Annual administration and progress report of the Indian Medical Department, Bombay
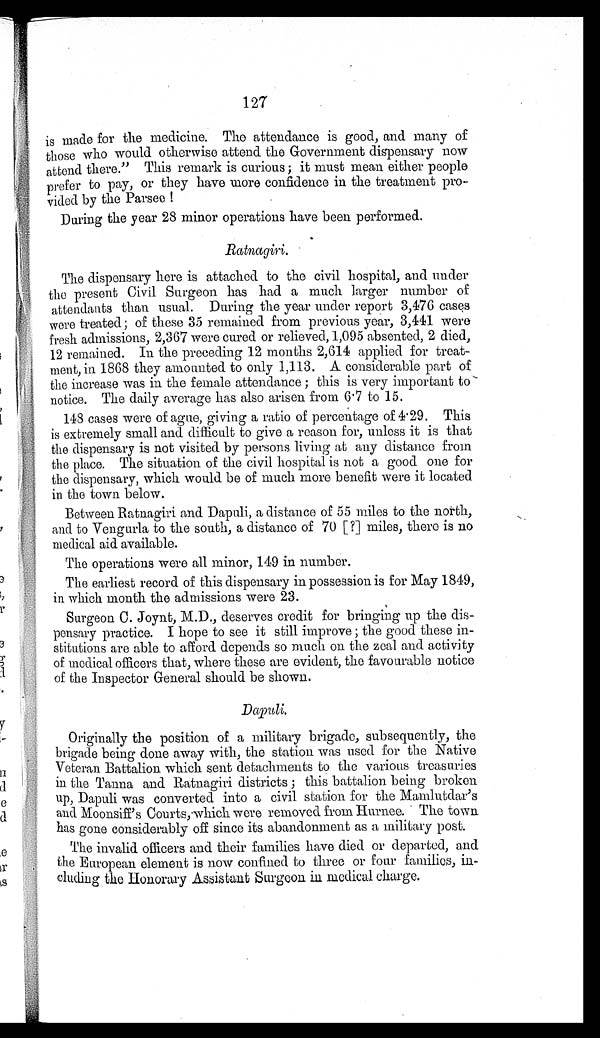
127
is made for the medicine. The attendance is good, and many of
those who would otherwise attend the Government dispensary now
attend there." This remark is curious; it must mean either people
prefer to pay, or they have more confidence in the treatment pro-
vided by the Parsee!
During the year 28 minor operations have been performed.
Ratnagiri.
The dispensary here is attached to the civil hospital, and under
the present Civil Surgeon has had a much larger number of
attendants than usual. During the year under report 3,476 cases
were treated; of these 35 remained from previous year, 3,441 were
fresh admissions, 2,367 were cured or relieved, 1,095 absented, 2 died,
12 remained. In the preceding 12 months 2,614 applied for treat-
ment, in 1868 they amounted to only 1,113. A considerable part of
the increase was in the female attendance; this is very important to
notice. The daily average has also arisen from 6.7 to 15.
148 cases were of ague, giving a ratio of percentage of 4.29. This
is extremely small and difficult to give a reason for, unless it is that
the dispensary is not visited by persons living at any distance from
the place. The situation of the civil hospital is not a good one for
the dispensary, which would be of much more benefit were it located
in the town below.
Between Ratnagiri and Dapuli, a distance of 55 miles to the north,
and to Vengurla to the south, a distance of 70 [?] miles, there is no
medical aid available.
The operations were all minor, 149 in number.
The earliest record of this dispensary in possession is for May 1849,
in which month the admissions were 23.
Surgeon C. Joynt, M.D., deserves credit for bringing up the dis-
pensary practice. I hope to see it still improve; the good these in-
stitutions are able to afford depends so much on the zeal and activity
of medical officers that, where these are evident, the favourable notice
of the Inspector General should be shown.
Dapuli.
Originally the position of a military brigade, subsequently, the
brigade being done away with, the station was used for the Native
Veteran Battalion which sent detachments to the various treasuries
in the Tanna and Ratnagiri districts; this battalion being broken
up, Dapuli was converted into a civil station for the Mamlutdar's
and Moonsiff's Courts, which were removed from Hurnee. The town
has gone considerably off since its abandonment as a military post.
The invalid officers and their families have died or departed, and
the European element is now confined to three or four families, in-
cluding the Honorary Assistant Surgeon in medical charge.